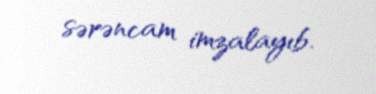
sərəncam imzalayıb.